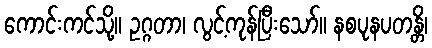
ကောင်းကင်သို့။ ဥဂ္ဂတာ၊ လွင့်ကုန်ပြီးသော်။ နစပုနပတန္တိ၊